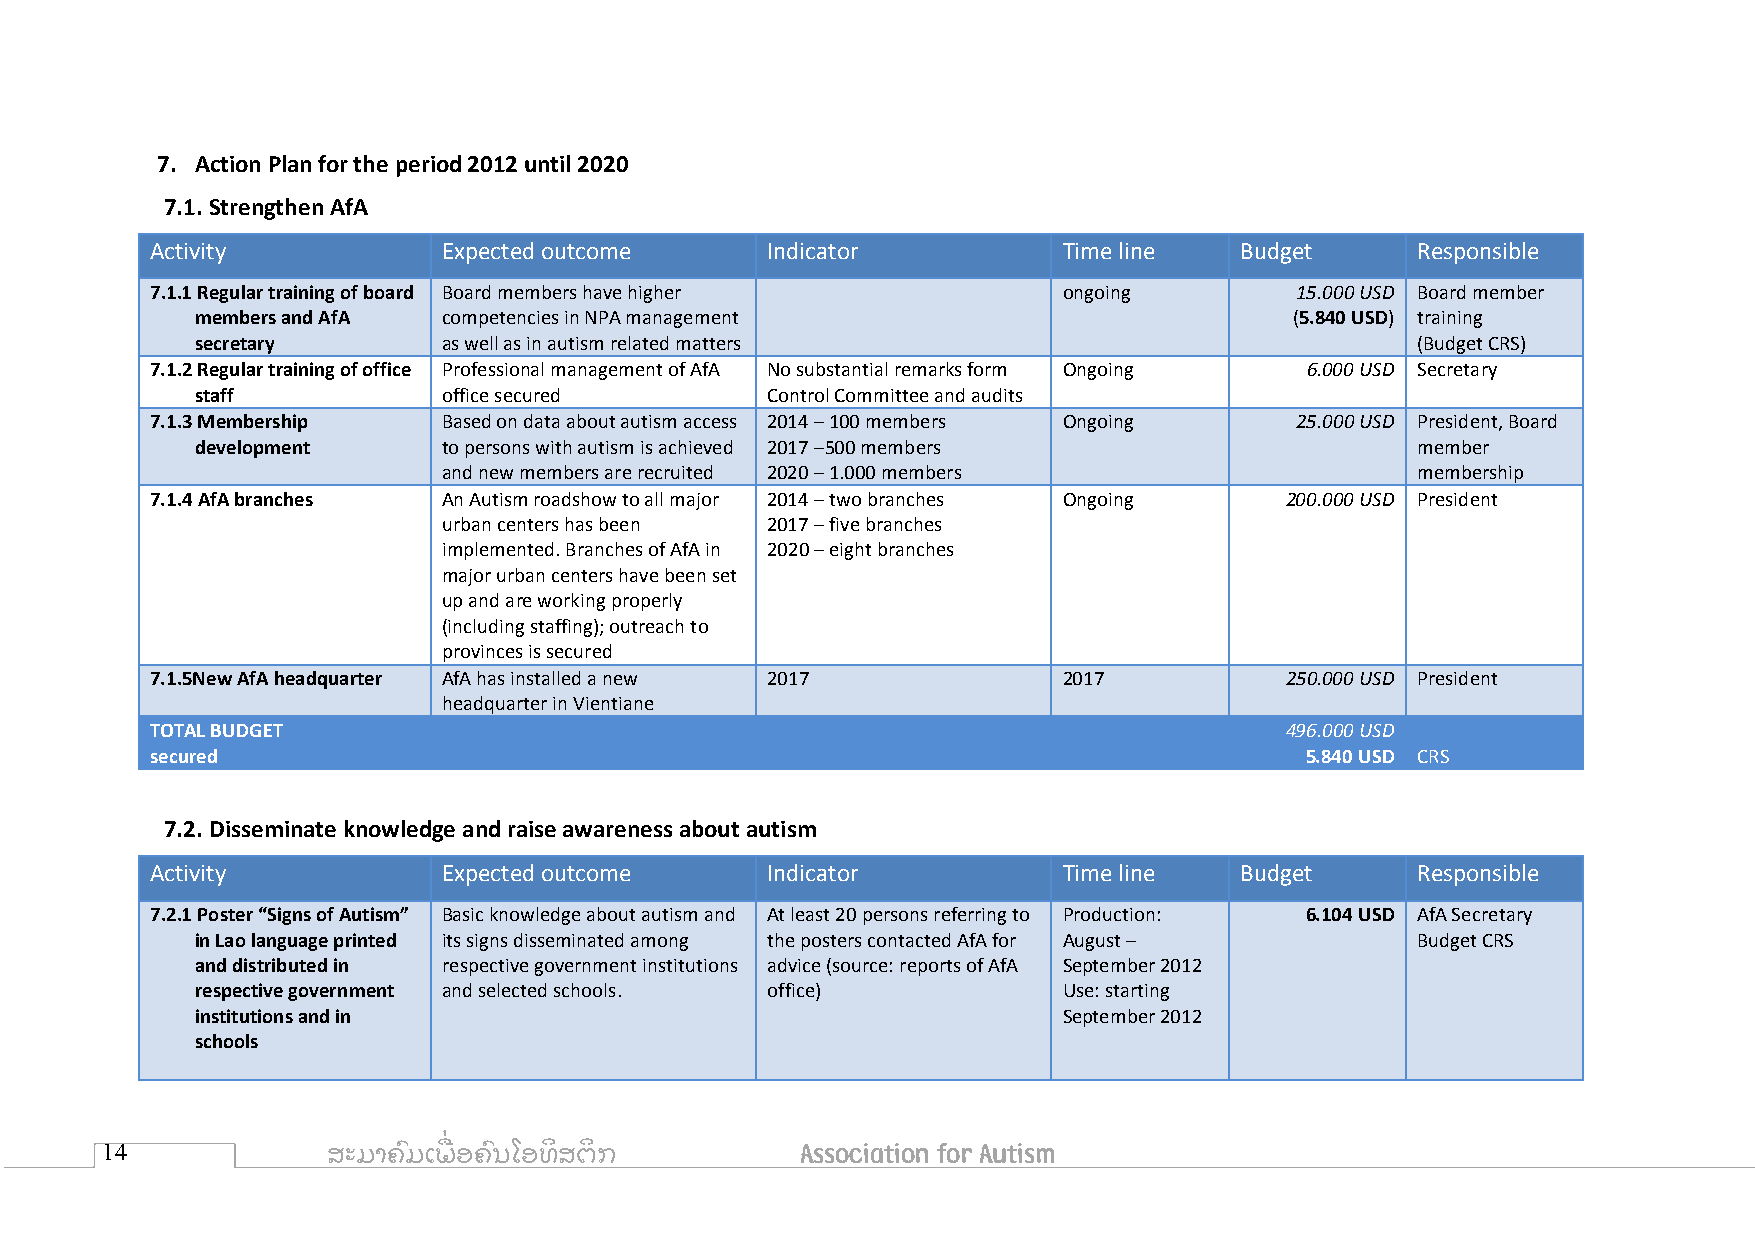
7. Action Plan for the period 2012 until 2020
 7.1. Strengthen AfA
 Activity           Expected outcome      Indicator          Time line   Budget      Responsible
 7.1.1 Regular training of board Board members have higher   ongoing         15.000 USD Board member
 members and AfA competencies in NPA management                           (5.840 USD) training
 secretary       as well as in autism related matters                             (Budget CRS)
 7.1.2 Regular training of office Professional management of AfA No substantial remarks form Ongoing 6.000 USD Secretary
 staff           office secured        Control Committee and audits
 7.1.3 Membership   Based on data about autism access 2014 – 100 members Ongoing 25.000 USD President, Board
 development     to persons with autism is achieved 2017 –500 members             member
 and new members are recruited 2020 – 1.000 members               membership
 7.1.4 AfA branches An Autism roadshow to all major 2014 – two branches Ongoing 200.000 USD President
 urban centers has been 2017 – five branches
 implemented. Branches of AfA in 2020 – eight branches
 major urban centers have been set
 up and are working properly
 (including staffing); outreach to
 provinces is secured
 7.1.5New AfA headquarter AfA has installed a new 2017       2017           250.000 USD President
 headquarter in Vientiane
 TOTAL BUDGET                                                               496.000 USD
 secured                                                                     5.840 USD CRS
 7.2. Disseminate knowledge and raise awareness about autism
 Activity           Expected outcome      Indicator          Time line   Budget      Responsible
 7.2.1 Poster “Signs of Autism” Basic knowledge about autism and At least 20 persons referring to Production: 6.104 USD AfA Secretary
 in Lao language printed its signs disseminated among the posters contacted AfA for August – Budget CRS
 and distributed in respective government institutions advice (source: reports of AfA September 2012
 respective government and selected schools. office)      Use: starting
 institutions and in                                      September 2012
 schools
 14             ສະມາຄົ ມເພ ື່ ອຄົ ນໂອທິ ສຕິ ກ  Association for Autism